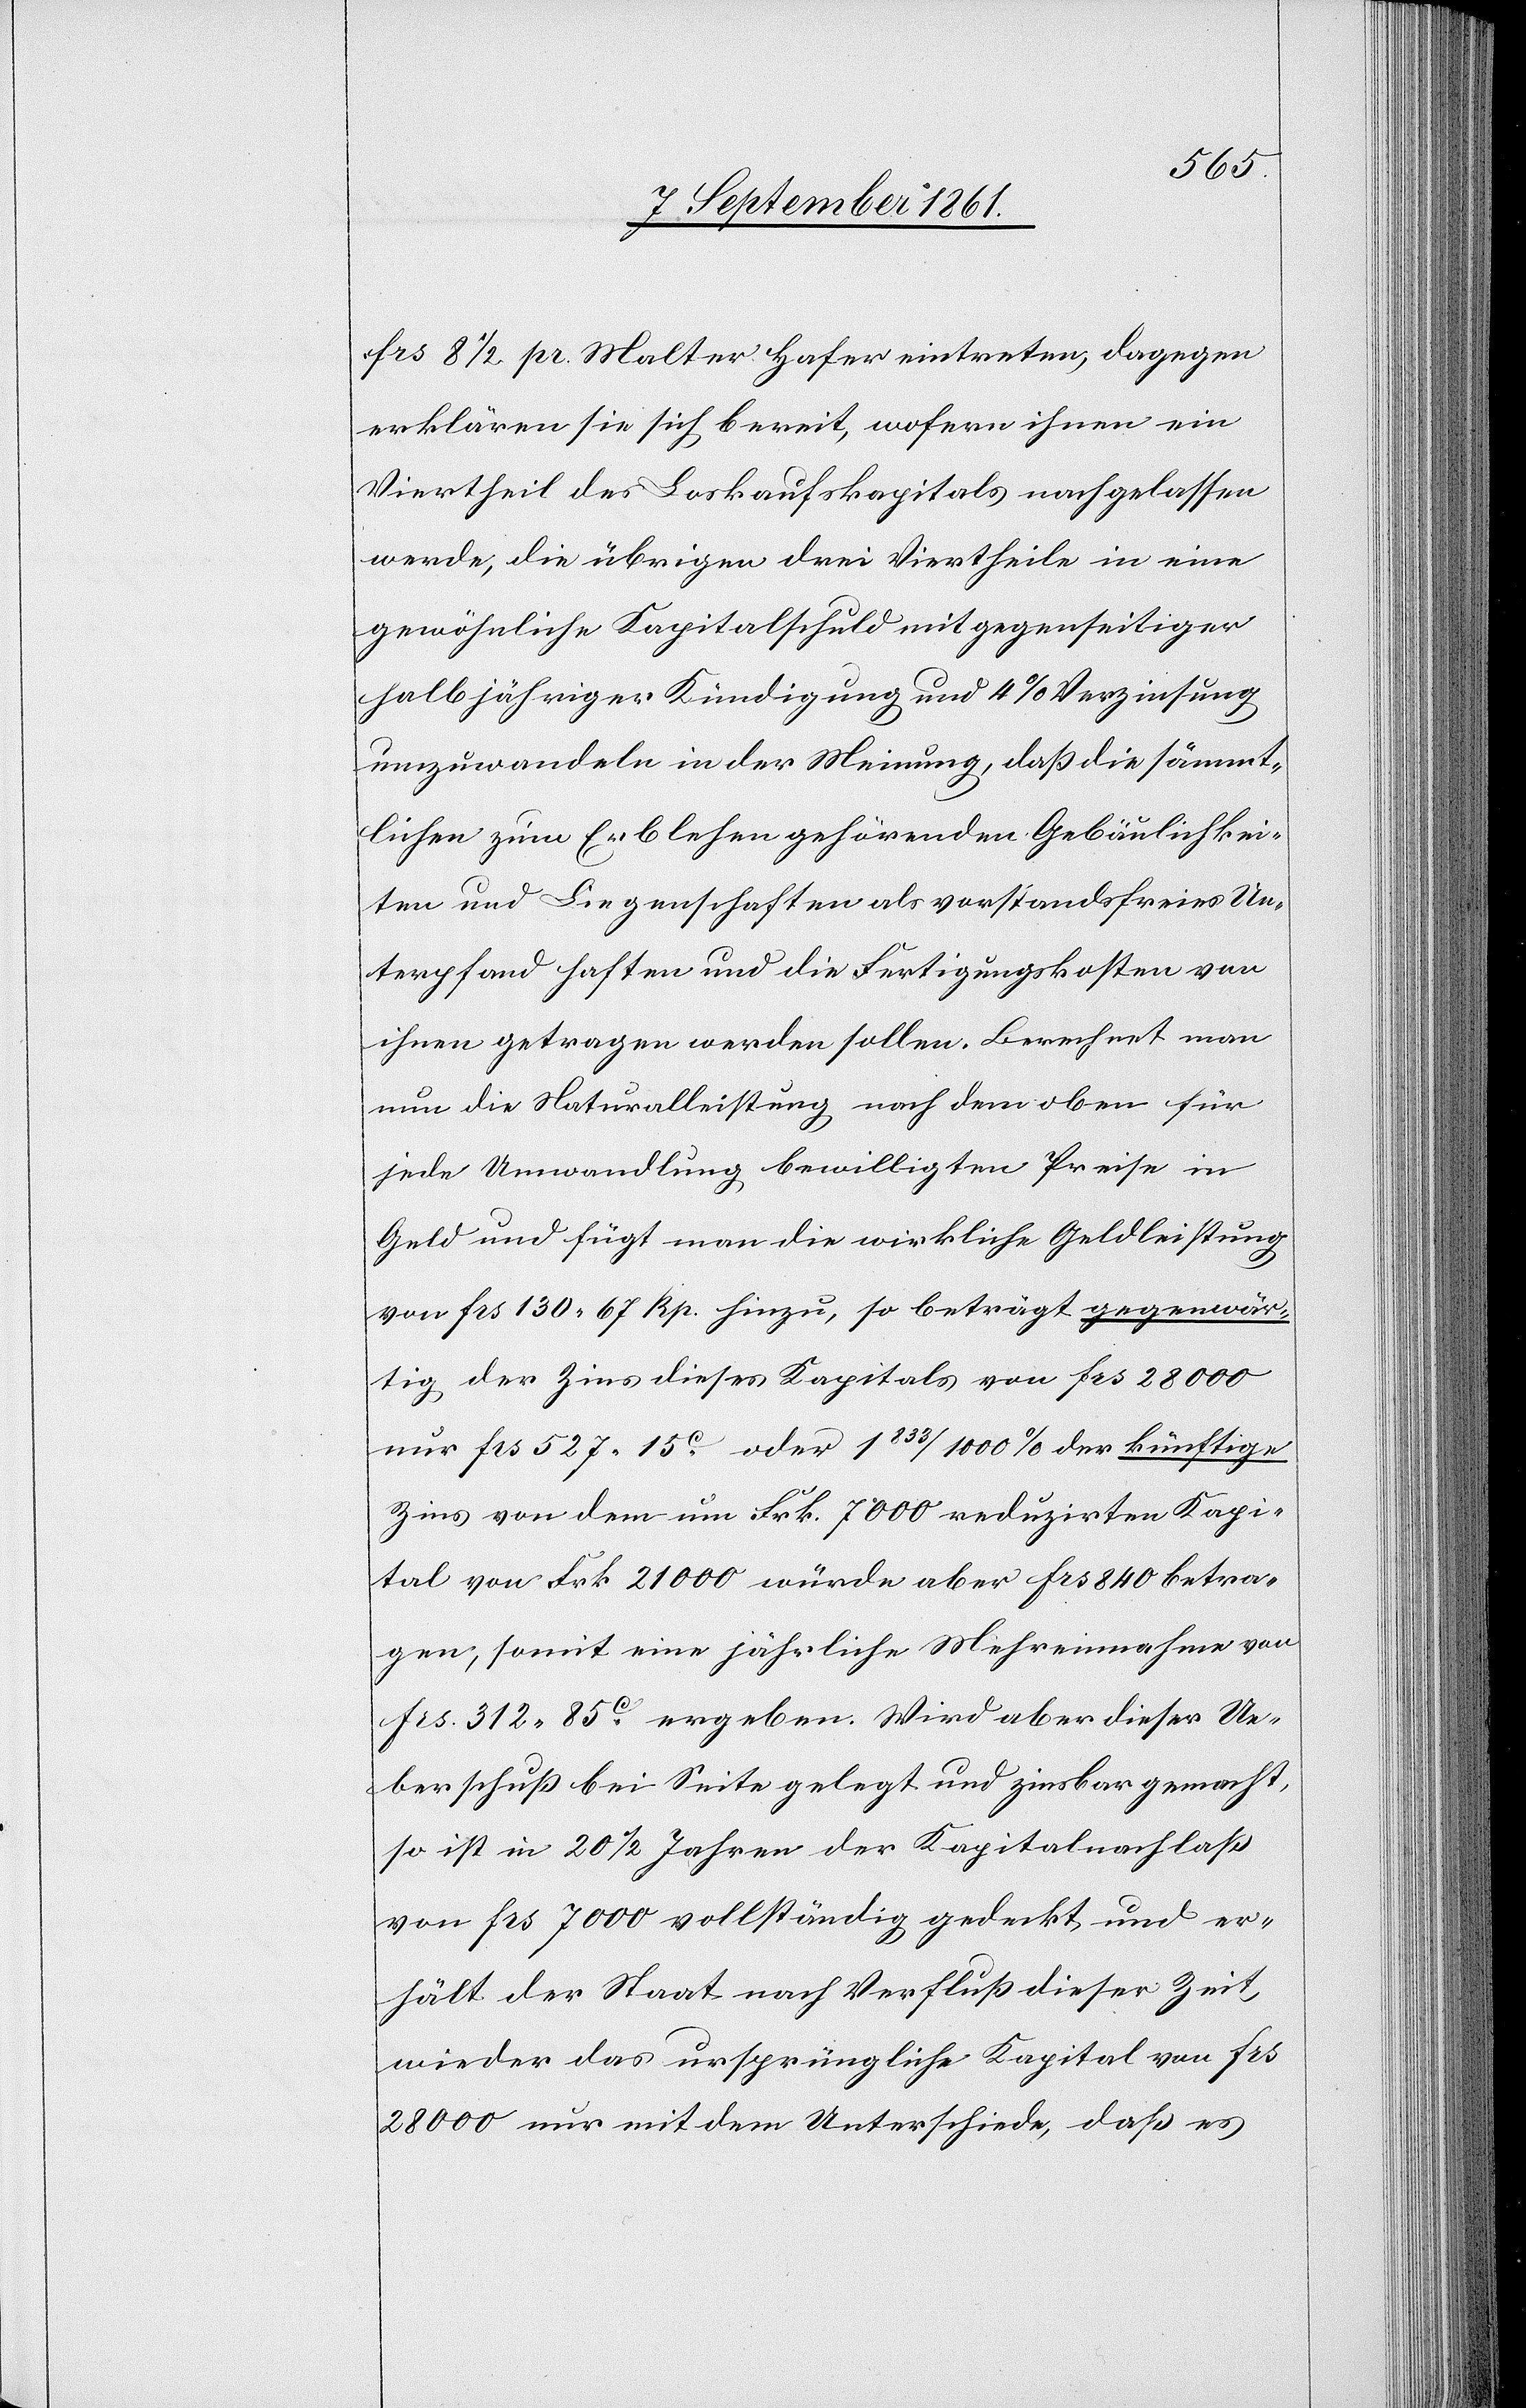
frs 8 1/2 pr. Malter Hafer eintreten, dagegen
erklären sie sich bereit, wofern ihnen ein
Viertheil des Loskaufskapitals nachgelassen
werde, die übrigen drei Viertheile in eine
gewöhnliche Kapitalschuld mit gegenseitiger
halbjähriger Kündigung und 4% Verzinsung
umzuwandeln in der Meinung, daß die sämmt¬
lichen zum Erblehen gehörenden Gebäulichkei¬
ten und Liegenschaften als verstandsfreies Un¬
terpfand haften und die Fertigungskosten von
ihnen getragen werden sollen. Berechnet man
nun die Naturalleistung nach dem oben für
jede Umwandlung bewilligten Preise in
Geld und fügt man die wirkliche Geldleistung
von frs 130. 67 Rp hinzu, so beträgt gegenwär¬
tig der Zins dieses Kapitals von frs 28000
nur frs 527.15c oder 1 833/1000 % der künftige
Zins von dem um Frk. 7000 reduzirten Kapi¬
tal von Frk. 21000 würde aber frs 840 betra¬
gen, somit eine jährliche Mehreinnahme von
frs 312.85c ergeben. Wird aber dieser Ue¬
berschuß bei Seite gelegt und zinsbar gemacht,
so ist in 20 1/2 Jahren der Kapitalnachlaß
von frs 7000 vollständig gedeckt, und er¬
hält der Staat nach Verfluß dieser Zeit,
wieder das ursprüngliche Kapital von frs
28000 nur mit dem Unterschiede, daß es